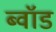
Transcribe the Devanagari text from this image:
ब्वॉड